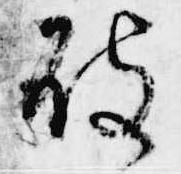
被